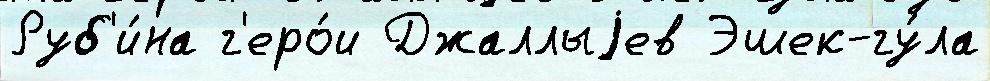
Руб'и́на г'еро́и Джаллыjев Эшек-гу́ла